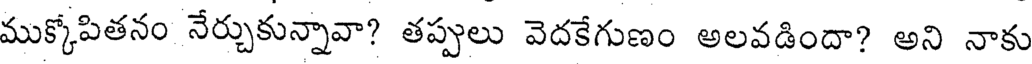
ముక్కోపితనం నేర్చుకున్నావా? తప్పులు వెదకేగుణం అలవడిందా? అని నాకు